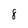
Character: 8